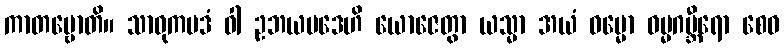
ကာတဗ္ဗောတိ။ သာဓုကပဒံ ဝါ ဥဘယပဒေဟိ ယောဇေတွာ ယသ္မာ အယံ ဓမ္မော ဓမ္မဂမ္ဘီရော စေဝ